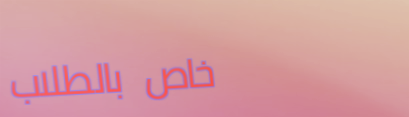
خاص بالطلاب